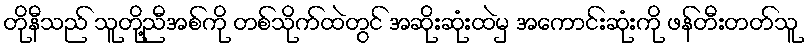
တိုနီသည် သူတို့ညီအစ်ကို တစ်သိုက်ထဲတွင် အဆိုးဆုံးထဲမှ အကောင်းဆုံးကို ဖန်တီးတတ်သူ